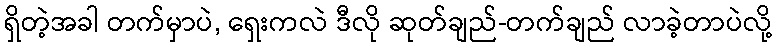
ရှိတဲ့အခါ တက်မှာပဲ, ရှေးကလဲ ဒီလို ဆုတ်ချည်-တက်ချည် လာခဲ့တာပဲလို့